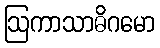
ဩကာသာဓိဂမော